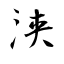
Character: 浃